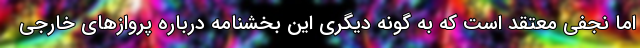
اما نجفی معتقد است که به گونه دیگری این بخشنامه درباره پروازهای خارجی